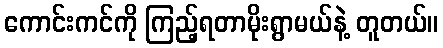
ကောင်းကင်ကို ကြည့်ရတာမိုးရွာမယ်နဲ့ တူတယ်။